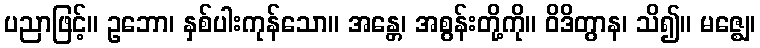
ပညာဖြင့်။ ဥဘော၊ နှစ်ပါးကုန်သော။ အန္တေ၊ အစွန်းတို့ကို။ ဝိဒိတွာန၊ သိ၍။ မဇ္ဈေ၊